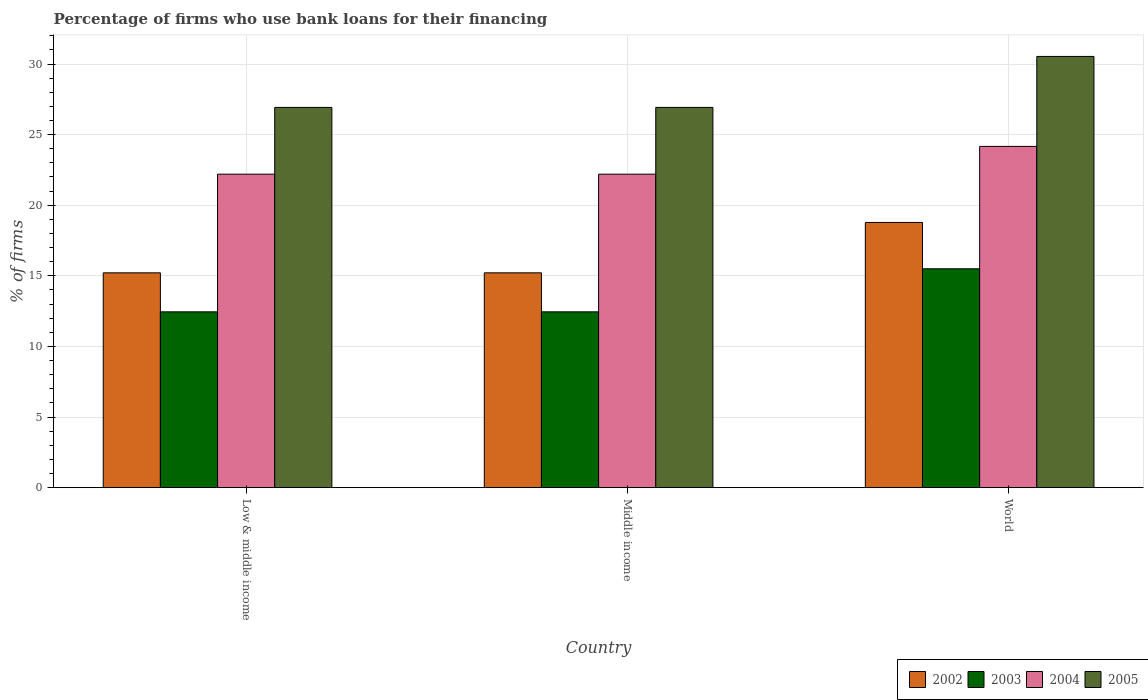
| Country | 2002 | 2003 | 2004 | 2005 |
 | --- | --- | --- | --- | --- |
 | Low & middle income | 15.2 | 12.4 | 22.2 | 26.9 |
 | Middle income | 15.2 | 12.4 | 22.2 | 26.9 |
 | World | 18.8 | 15.5 | 24.2 | 30.5 |